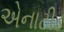
એનાટીડ